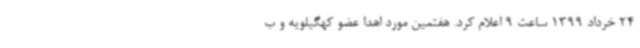
24 خرداد 1399 ساعت 9 اعلام کرد. هفتمین مورد اهدا عضو کهگیلویه و ب